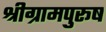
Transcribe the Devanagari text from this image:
श्रीग्रामपुरूष